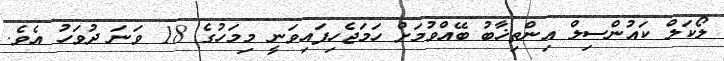
ލޯކަލް ކައުންސިލް އިންތިޚާބު ބޭއްވުމަށް ހަމަޖެހިފައިވަނީ މިމަހުގެ 18 ވަނަ ދުވަހު އެވެ.